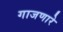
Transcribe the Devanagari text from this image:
गाजणारे